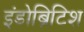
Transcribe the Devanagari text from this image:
इंडोब्रिटिश